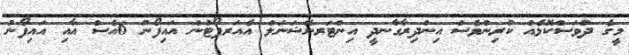
މީގެ ދުވަސްކޮޅެއް ކުރިންވެސް އިންދިރާގާނދީ އިންޓަރނޭޝަނަލް އެއަރޕޯޓުން އައިފޯނު 6އެސް އާއި އައިފޯނު